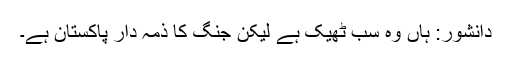
دانشور: ہاں وہ سب ٹھیک ہے لیکن جنگ کا ذمہ دار پاکستان ہے۔